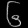
Digit: ၆